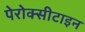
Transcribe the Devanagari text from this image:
पेरोक्सीटाइन